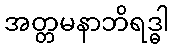
အတ္တမနာဘိရဒ္ဓါ